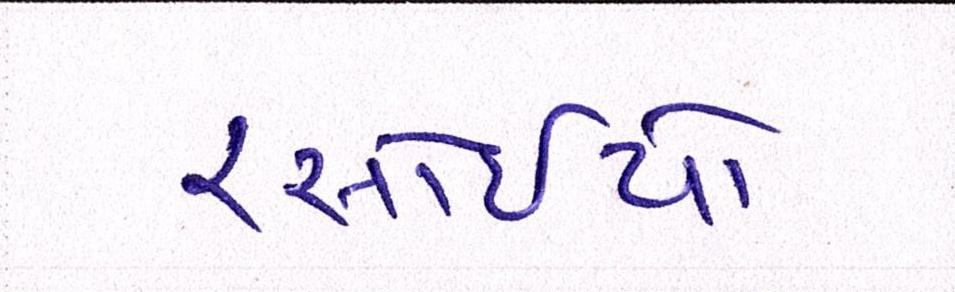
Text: રસોઈયો